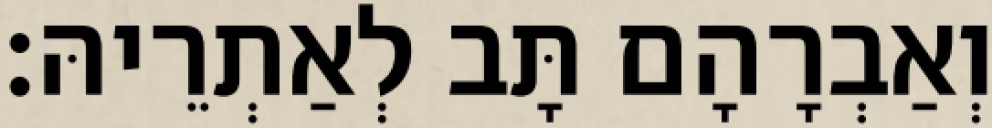
וְאַבְרָהָם תָּב לְאַתְרֵיהּ׃